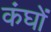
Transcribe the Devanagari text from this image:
कंघों